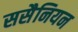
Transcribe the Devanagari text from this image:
ससैनियन